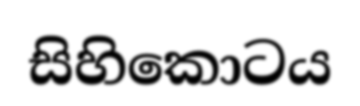
සිහිකොටය